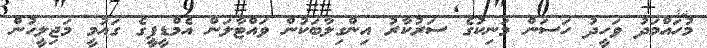
މުހައްމަދު ވަހީދު ހަސަން މަނިކުގެ ސަރުކާރު އިންގިލާބަކުން ވައްޓާލަން އެމްޑީޕީގެ ގައުމީ މަޖިލީހުން